King Institute of Preventive Medicine Bacteriolog. Section reports 1907-08
Year: 1907
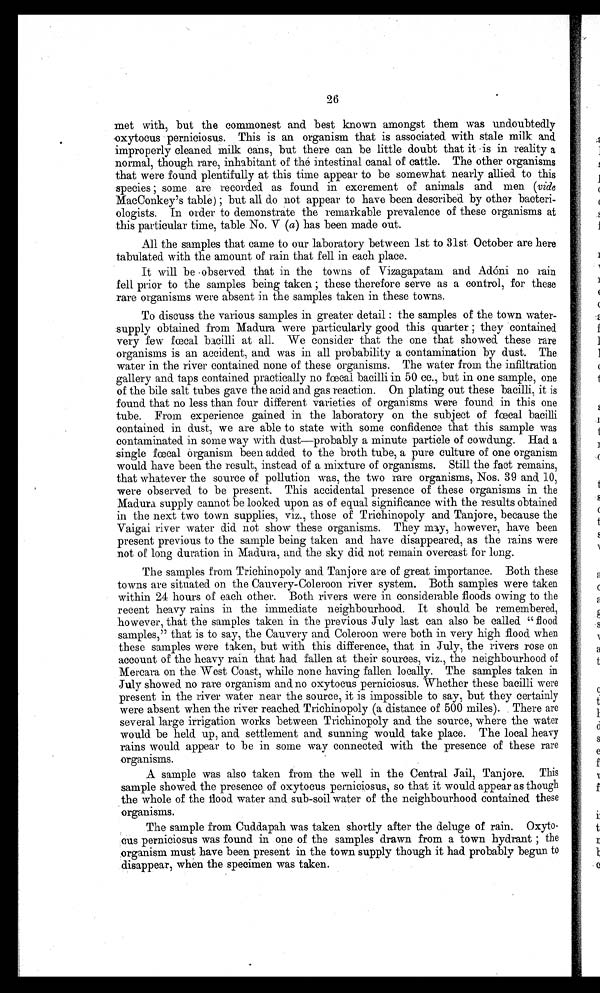
29
CHAPTER VI.
SYSTEMATIC ANALYSIS OF THE WATER OF THE KING INSTITUTE WELL.
The subject of the influence of meteorological conditions on the bacteriological
flora of a shallow well, is one of surpassing interest in India, where the great proportion
of the rural population depends on such sources for their drinking supply. Conse-
quently a :weekly analysis of the King Institute well since July 1908, studied in
relation with the rainfall, should give much valuable information.
The King Institute well falls under the category of what are termed shallow
wells, that is to say, there is no impermeable layer of soil or rock between the water
bearing strata and the ground level, so that surface water can find its way into the
well, by percolating through the soil. The geological formation in the neighbourhood
is disintegrated laterite gravel; it is extremely porous. The well is thoroughly satis-
factorily built of masonry to a depth of 33 feet, so that any surface water, that may
its way into the well, has to pass through 30 feet or more of soil. The floor of the
well is actually in a layer of river sand. The well is provided with a pump and oil
engine capable of lifting 7,000 gallons per hour; every day 25,000 gallons are pumped
out and discharged into the cistern in the King Institute compound, some 1,000 yards
away. Careful account is kept of the amount of water drawn and it is found. to vary
very little from day to day. The surroundings of the well may be described as fairly
good and. clean. It is situated in the midst of a thin scrub jungle, where cultivation
is impossible, and. there is little vegetation that would attract any animals except goats.
The immediate surroundings are not fenced. in, so that there is slight possibility,
though no great probability, that animals may stray into the neighbourhood.. The
river Adyar is situated about 200 yards away from the well. This river is considerably
polluted. in its whole course, but the grossest pollution takes place below the King
Institute where some hundreds of dhobies wash clothes. Engine attendants are daily
present in the engine house, but arrangements are made to see that they pollute the
ground as little as possible.
The analyses were begun early in July 1908. Previous to this there had been little
or no rainfall for six months. The rainfall for April, May and June was only .3 of
an inch. Consequently the early analyses were begun under what may be termed.
typical hot weather conditions. At this time of the year the level of the sub-soil water
was 16 feet below the surface of the ground, the depth of the water in the well being
also 16 feet.
Sample No. 1.—Shows that fecal bacilli were present in 5 cc. of the well water.
There had been practically no rain during the week with the exception of very light
shower which scarcely wetted. the 'soil. The preponderating bacilli present in the
were B. cloacm. It is not maintained that when an analysis shows only one organism
present, no others are to be found in water, but when this occurs, there is no doubt
that the organism isolated preponderates to a very great extent.
Sample No. 2,—During the week ending 9th July 1908 3 of an inch of rain
fell at the King Institute, that is to say there was one fairly heavy shower. As a
result of this, very considerable alterations have taken place in the quality of the well
water. It will be observed. that fecal bacilli are now present in 01 of a cc. instead.
of in 5 cc. in the last analysis. Further of the 10 colonies isolated from the water
one is B. coli communis. It seems extraordinary that, such a comparatively small
amount of rain should so greatly increase the amount of pollution present; this
contamination cannot come from the surface, otherwise a great mixture of organisms
would be found. instead. of only cloacae. Evidently therefore a slight fluctuation of
the sub-soil level must wash a large number of the organisms, that are probably
present in the deeper layers of the ground, into the water.
Sample No. 3.—During the week 7 of an inch of rain fell on the 11th instant.
This rainfall represents only one heavy shower, it probably was all over in half an.
8